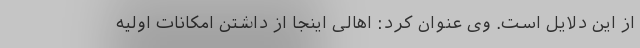
از این دلایل است. وی عنوان کرد: اهالی اینجا از داشتن امکانات اولیه